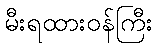
မီးရထားဝန်ကြီး